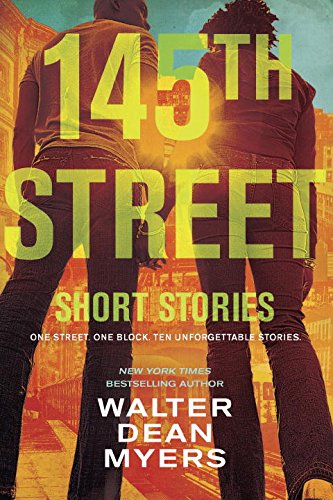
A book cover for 145th Street: Short Stories; Walter Dean Myers; Teen & Young Adult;